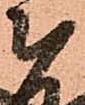
被